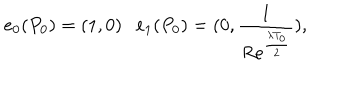
e _ { 0 } ( P _ { 0 } ) = ( 1 , 0 ) \ \ \ e _ { 1 } ( P _ { 0 } ) = ( 0 , \frac { 1 } { R e ^ { \frac { \lambda T _ { 0 } } { 2 } } } ) ,